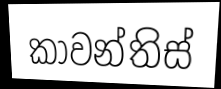
කාවන්තිස්